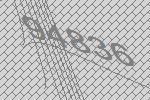
94836